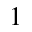
^ 1